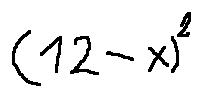
( 1 2 - x ) ^ { 2 }